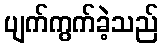
ပျက်ကွက်ခဲ့သည်